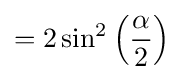
=2\sin ^{2}\left({\frac {\alpha }{2}}\right)